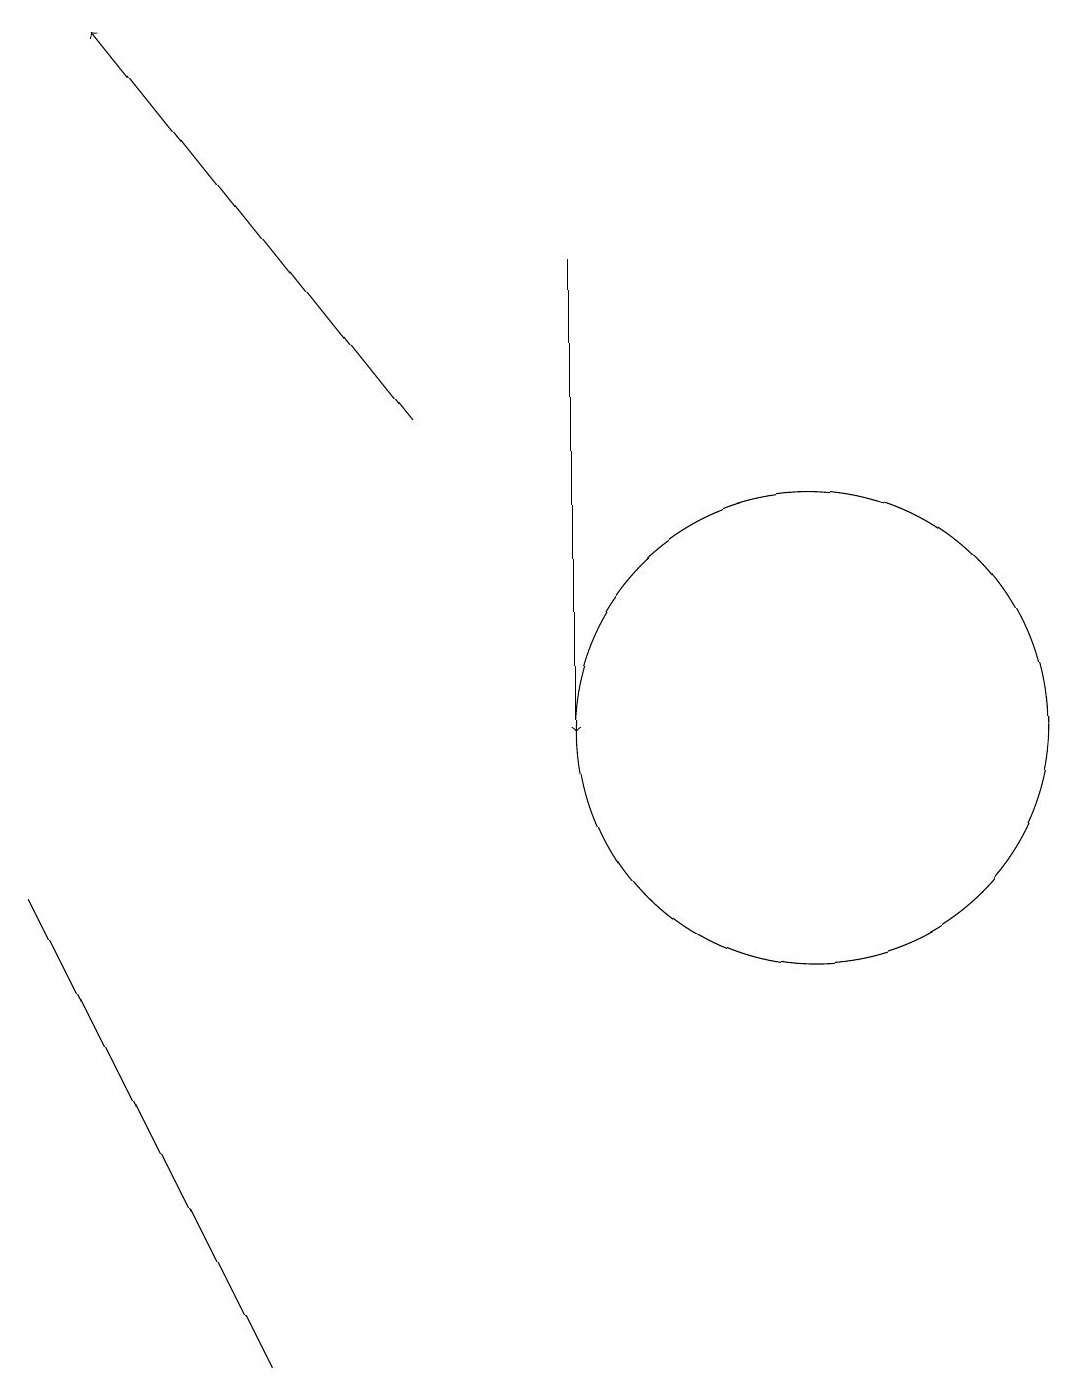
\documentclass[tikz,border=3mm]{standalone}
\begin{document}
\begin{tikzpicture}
\draw (0,8) -- (3,2) -- (2,4) -- cycle;
\draw[->] (5,14) -- (1,19);
\draw (10,10) circle (3);
\draw[->] (7,16) -- (7,10);
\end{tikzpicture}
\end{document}